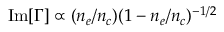
\mathrm { I m } [ \Gamma ] \propto ( n _ { e } / n _ { c } ) ( 1 - n _ { e } / n _ { c } ) ^ { - 1 / 2 }